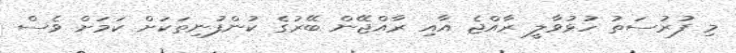
މި ފުރުސަތު ހުޅުވާލީ ރާއްޖެ އާއި ރާއްޖޭން ބޭރުގެ ކުންފުނިތަކަށް ކަމަށް ވެސް